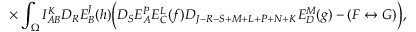
\times \int _ { \Omega } I _ { A B } ^ { K } D _ { R } E _ { B } ^ { J } ( h ) \biggl ( D _ { S } E _ { A } ^ { P } E _ { C } ^ { L } ( f ) D _ { J - R - S + M + L + P + N + K } E _ { D } ^ { M } ( g ) - ( F \leftrightarrow G ) \biggr ) ,